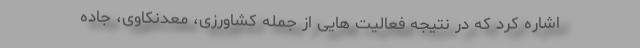
اشاره کرد که در نتیجه فعالیت هایی از جمله کشاورزی، معدنکاوی، جاده